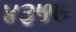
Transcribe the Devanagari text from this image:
४३५७